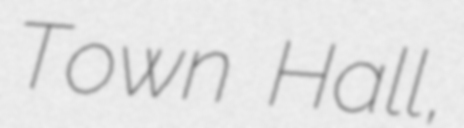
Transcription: Town Hall,